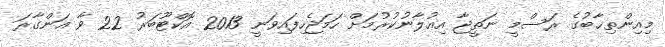
މިއިންތިޚާބުގެ ރަސްމީ ނަތީޖާ އިޢުލާނުކުރުމަށް ހަމަޖެހިފައިވަނީ 2013 އޮކްޓޫބަރު 22 ވާ އަންގާރަ